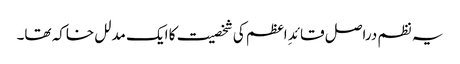
یہ نظم دراصل قائدِ اعظم کی شخصیت کا ایک مدلل خاکہ تھا۔